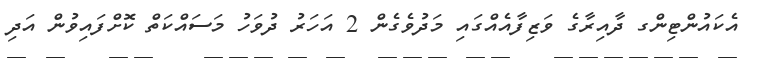
އެކައުންޓިންގ ދާއިރާގެ ވަޒިފާއެއްގައި މަދުވެގެން 2 އަހަރު ދުވަހު މަސައްކަތް ކޮށްފައިވުން އަދި